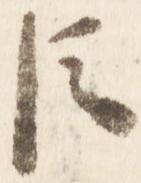
臣